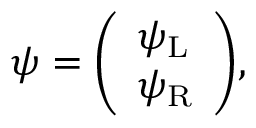
\psi = { \left( \begin{array} { l } { \psi _ { \mathrm { { L } } } } \\ { \psi _ { \mathrm { { R } } } } \end{array} \right) } ,